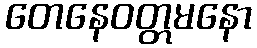
တေနေဝတ္တမနော